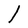
Character: l